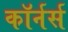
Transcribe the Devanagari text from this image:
कॉर्नर्स